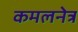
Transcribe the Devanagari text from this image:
कमलनेत्र